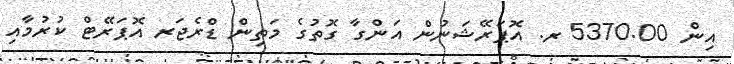
އިން 5370.00 ރ. އޮޕަރޭޝަނުން އަންގާ ގޮތުގެ މަތިން ޑްރެޖަރ އޮޕަރޭޓް ކުރުމާއި